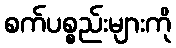
စက်ပစ္စည်းများကို